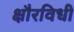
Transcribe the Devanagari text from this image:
क्षौरविधी